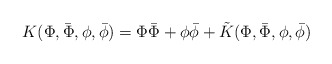
\begin{align*}K(\Phi,\bar{\Phi},\phi,\bar{\phi})=\Phi\bar{\Phi}+\phi\bar{\phi}+\tilde{K}(\Phi,\bar{\Phi},\phi,\bar{\phi})\end{align*}